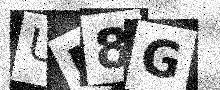
Text: UM8G